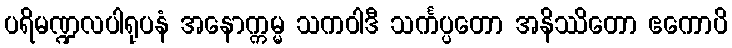
ပရိမဏ္ဍလပါရုပနံ အနောက္ကမ္မ သကဝါဒီ သင်္ကပ္ပတော အနိဿိတော ဧကောပိ